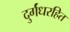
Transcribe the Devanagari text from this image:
दुर्गंधरहित